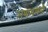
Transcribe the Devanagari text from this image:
भणभणणे